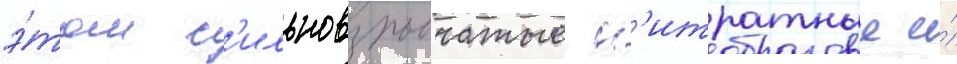
э́том с'ильновзрывчатые н'итратные и́